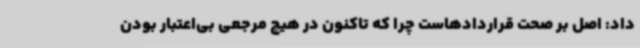
داد: اصل بر صحت قراردادهاست چرا که تاکنون در هیچ مرجعی بی‌اعتبار بودن